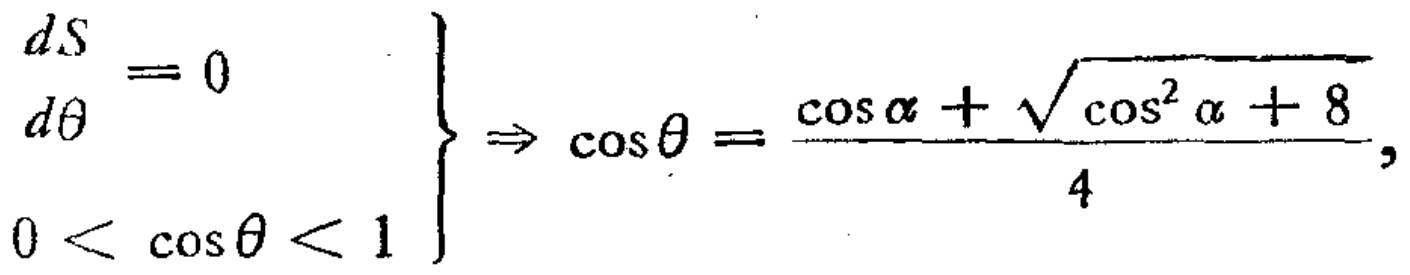
\[
\left.
\begin{array}{l}
\begin{array}{l}
dS \\
d\theta
\end{array}=0 \\
0 < \cos\theta < 1
\end{array}
\right\} \Rightarrow \cos\theta=\frac{\cos\alpha+\sqrt{\cos^{2}\alpha + 8}}{4},
\]